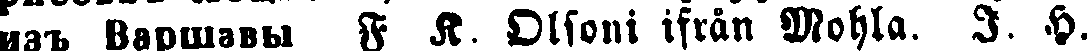
и3ъ Bapщaвы F R. Olsoni ifrån Mohla. I. H.